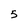
Character: 5